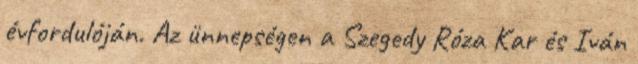
évfordulóján. Az ünnepségen a Szegedy Róza Kar és Iván